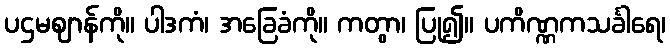
ပဌမဈာန်ကို။ ပါဒကံ၊ အခြေခံကို။ ကတွာ၊ ပြု၍။ ပကိဏ္ဏကသင်္ခါရေ၊